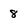
Character: 8